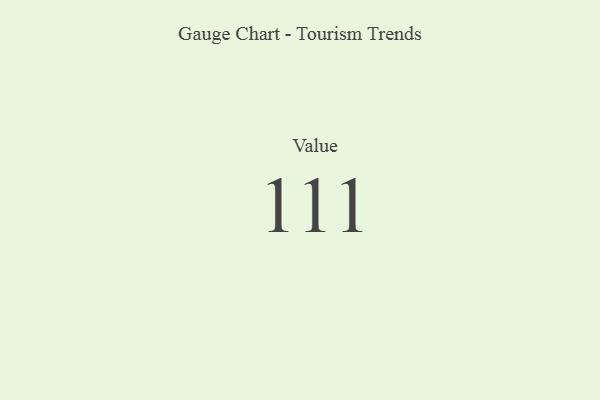
{"axis": {"x": "Metric", "y": "Value"}, "legend": [""], "data": [{"x": "Value", "y": 111, "type": ""}]}